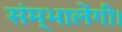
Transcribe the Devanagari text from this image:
संम्भालेंगी।